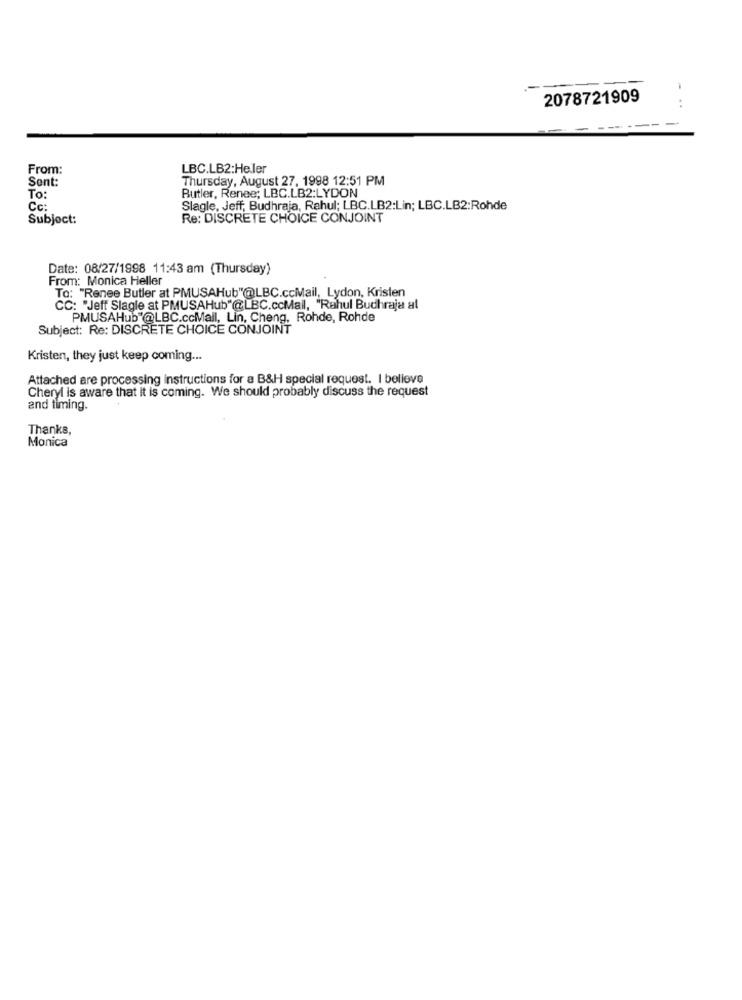
-
2078721909
:
From:
LBC.LB2:Heller
Sent:
Thursday, August 27, 1998 12:51 PM
Butler, Renee; LBC.LB2:LYDON
To:
Cc:
Slagle, Jeff, Budhraja, Rahul; LBC.LB2:Lin; LBC.LB2:Rohde
Subject:
Re: DISCRETE CHOICE CONJOINT
Date: 08/27/1998 11:43 am (Thursday)
From: Monica Heller
To: "Renee Butler at PMUSAHub"@LBC.ccMail, Lydon, Kristen
CC: "Jeff Slagle at PMUSAHub"@LBC.ccMail, "Rahul Budhraje al
PMUSAHub"@LBC.ccMall, Lin, Cheng, Rohde, Rohde
Subject: Re: DISCRETE CHOICE CONJOINT
Kristen, they just keep coming ...
Attached are processing instructions for a B&H special request. I believe
Cheryl is aware that It is coming. We should probably discuss the request
and timing.
Thanks,
Monica